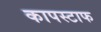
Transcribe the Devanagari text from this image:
कापस्टाफ